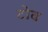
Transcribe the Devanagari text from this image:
टोव